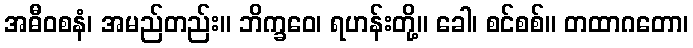
အဓီဝစနံ၊ အမည်တည်း။ ဘိက္ခဝေ၊ ရဟန်းတို့။ ခေါ၊ စင်စစ်။ တထာဂတော၊